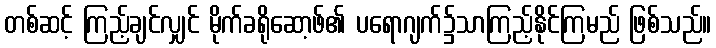
တစ်ဆင့် ကြည့်ချင်လျှင် မိုက်ခရိုဆော့ဖ်၏ ပရောဂျက်၌သာကြည့်နိုင်ကြမည် ဖြစ်သည်။